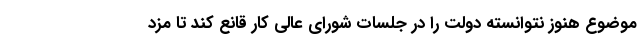
موضوع هنوز نتوانسته دولت را در جلسات شورای عالی کار قانع کند تا مزد